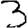
Digit: 3